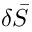
\delta \bar { S }